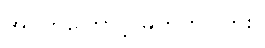
အဝတ်ကြောင့် မဟုတ်ပါဘူး။